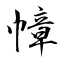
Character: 幛